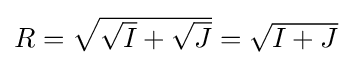
{\textstyle R={\sqrt {{\sqrt {I}}+{\sqrt {J}}}}={\sqrt {I+J}}}